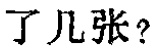
了几张？